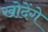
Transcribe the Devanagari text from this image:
खोदेंगे